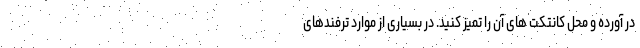
در آورده و محل کانتکت های آن را تمیز کنید. در بسیاری از موارد ترفندهای